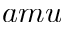
a m u